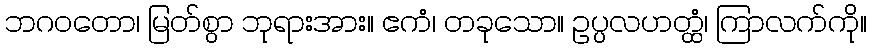
ဘဂဝတော၊ မြတ်စွာ ဘုရားအား။ ဧကံ၊ တခုသော။ ဥပ္ပလဟတ္ထံ၊ ကြာလက်ကို။